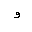
Letter: _waw